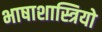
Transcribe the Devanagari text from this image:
भाषाशास्त्रियो